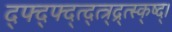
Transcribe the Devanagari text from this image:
द्फ्द्फ्द्त्द्त्त्र्द्र्त्स्क्ष्द्।